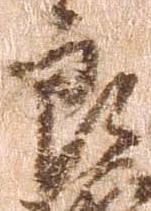
良